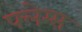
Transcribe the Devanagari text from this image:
फ्लेग्स